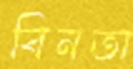
বিনতা